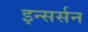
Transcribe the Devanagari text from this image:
इन्सर्सन